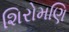
શિરોમણિ